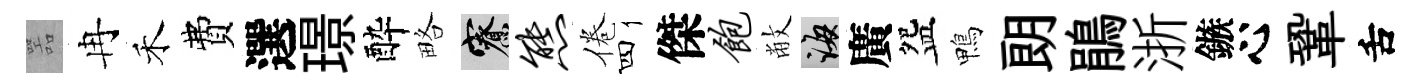
噐冉禾費選璟酔略寮熊倦四傑饱敝誨廣盌鴨朗鵑浙鏃心鞏舌